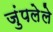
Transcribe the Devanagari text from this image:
जुंपलेले